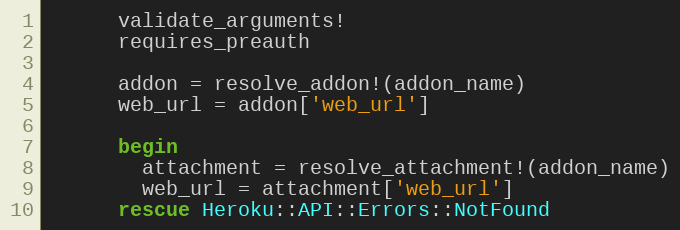
Language: Ruby
      validate_arguments!
      requires_preauth

      addon = resolve_addon!(addon_name)
      web_url = addon['web_url']

      begin
        attachment = resolve_attachment!(addon_name)
        web_url = attachment['web_url']
      rescue Heroku::API::Errors::NotFound